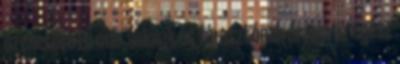
üzenetére Én már soknak és fárasztónak érzem az egész